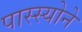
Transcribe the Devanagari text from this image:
पास्स्योने